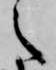
之